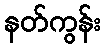
နတ်ကွန်း